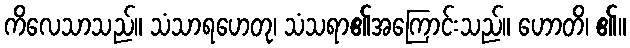
ကိလေသာသည်။ သံသာရဟေတု၊ သံသရာ၏အကြောင်းသည်။ ဟောတိ၊ ၏။